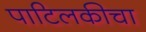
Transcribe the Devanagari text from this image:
पाटिलकीचा